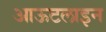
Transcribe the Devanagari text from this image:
आऊटलाइन